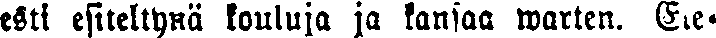
esti esiteltynä kouluja ja kansaa warten. Ele-